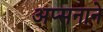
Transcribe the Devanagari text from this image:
अप्सनाने